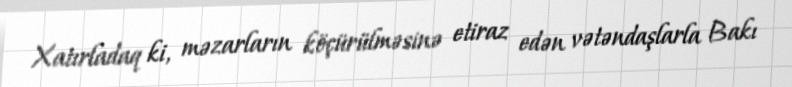
Xatırladaq ki, məzarların köçürülməsinə etiraz edən vətəndaşlarla Bakı